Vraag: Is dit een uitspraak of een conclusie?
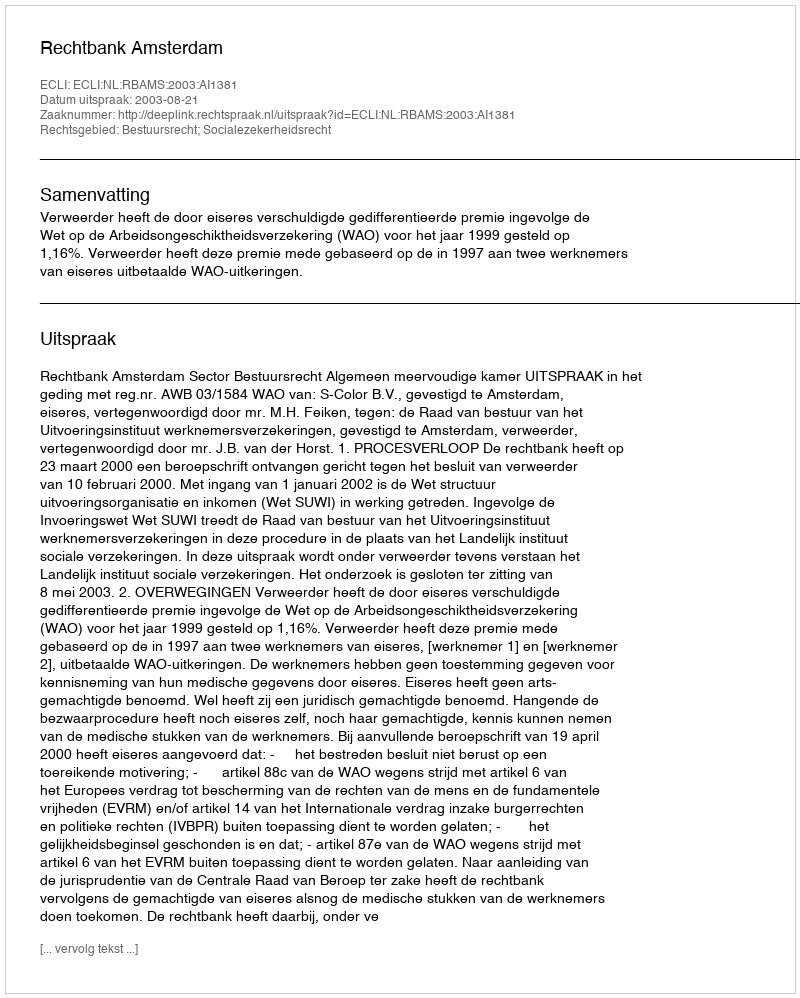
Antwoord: Uitspraak